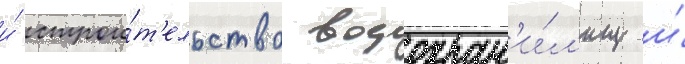
и́ строи́т'ельство водохран'и́л'ищ и́